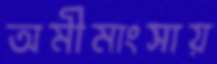
অমীমাংসায়